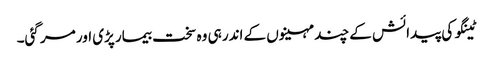
ٹینگو کی پیدائش کے چند مہینوں کے اندر ہی وہ سخت بیمار پڑی اور مر گئی۔